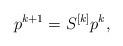
LaTeX: \begin{align*}p^{k+1}=S^{[k]}p^k,\end{align*}